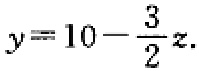
\(y = 10 - \frac{3}{2}z\)